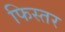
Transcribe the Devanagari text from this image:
फिस्तर